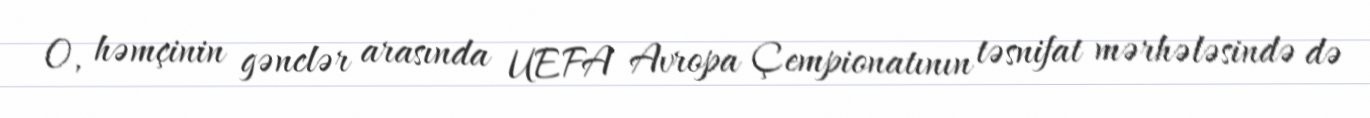
O, həmçinin gənclər arasında UEFA Avropa Çempionatının təsnifat mərhələsində də